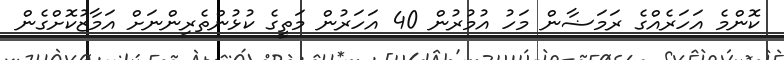
ކޮންމެ އަހަރެއްގެ ރަމަޟާން މަހު އުމުރުން 40 އަހަރުން މަތީގެ ކުޅުންތެރިންނަށް އަމާޒުކޮށްގެން